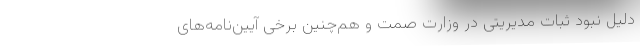
دلیل نبود ثبات مدیریتی در وزارت صمت و هم‌چنین برخی آیین‌نامه‌های